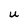
Character: U